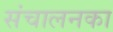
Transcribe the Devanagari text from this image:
संचालनका